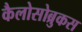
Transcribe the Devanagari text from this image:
कैलोसोब्रुकस